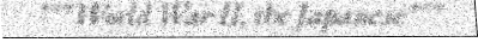
"""World War II, the Japanese"""